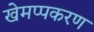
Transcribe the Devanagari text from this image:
खेमप्पकरण